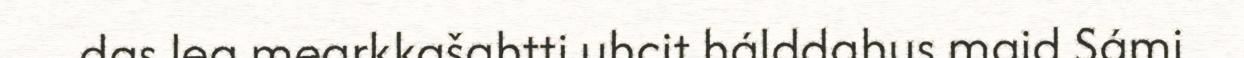
das lea mearkkašahtti uhcit hálddahus maid Sámi